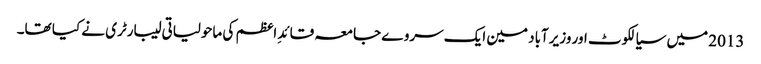
2013 میں سیالکوٹ اور وزیرآباد مین ایک سروے جامعہ قائدِ اعظم کی ماحولیاتی لیبارٹری نے کیا تھا۔